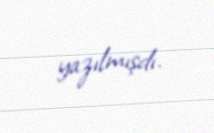
yazılmışdı.